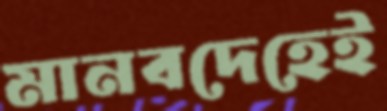
মানবদেহেই